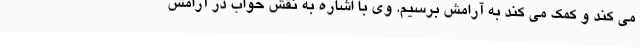
می کند و کمک می کند به آرامش برسیم. وی با اشاره به نقش خواب در آرامش